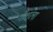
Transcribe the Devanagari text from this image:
गोशला